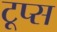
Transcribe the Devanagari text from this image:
टूप्स